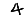
Digit: 4